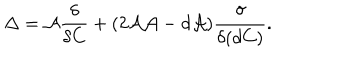
\Delta = { \cal A } \frac { \delta } { \delta C } + ( 2 { \cal A A } - d { \cal A } ) \frac { \delta } { \delta ( d C ) } .